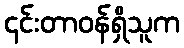
၎င်းတာဝန်ရှိသူက